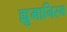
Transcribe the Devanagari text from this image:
ह्युमानिस्म